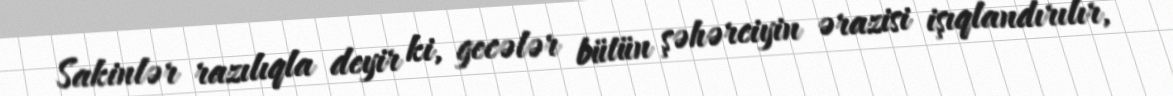
Sakinlər razılıqla deyir ki, gecələr bütün şəhərciyin ərazisi işıqlandırılır,